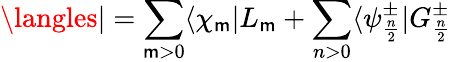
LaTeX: \langles|=\sum_{\mathsf{m}>0}\langle\chi_{\mathsf{m}}|L_{\mathsf{m}}+\sum_{n>0}\langle\psi_{\frac{{n}}{{2}}}^{\pm}|G_{\frac{{n}}{{2}}}^{\pm}